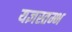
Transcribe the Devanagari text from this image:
यज्ञस्तम्भ